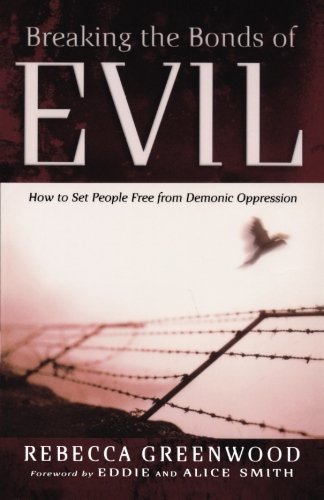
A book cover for Breaking the Bonds of Evil: How to Set People Free from Demonic Oppression; Rebecca Greenwood; Religion & Spirituality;